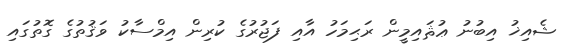
ޝެއިޚު އިބުނު ޢުޘައިމީން ރަޙިމަހު އާއި ފަޖުރުގެ ކުރިން އިމްސާކު ވަޤުތުގެ ގޮތުގައި